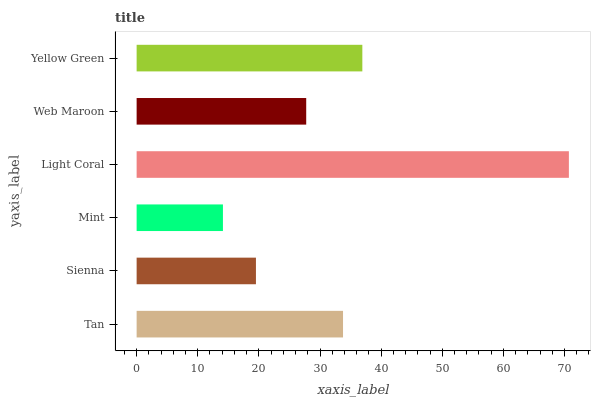
| yaxis_label | bars |
 | --- | --- |
 | Tan | 33.8 |
 | Sienna | 19.5 |
 | Mint | 14.1 |
 | Light Coral | 70.7 |
 | Web Maroon | 27.7 |
 | Yellow Green | 36.9 |